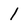
Character: 1